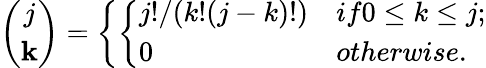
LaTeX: {\binom{j}{\mathbf{k}}}=\left\{ \left\{ \begin{array}{ll}{{j!/(k!(j-k)!)}}&{{if0\le k\le j;}}\\ {{0}}&{{otherwise.}}\end{array}\right.\right.